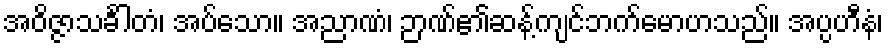
အဝိဇ္ဇာသင်္ခါတံ၊ အပ်သော။ အညာဏံ၊ ဉာဏ်၏ဆန့်ကျင်ဘက်မောဟသည်။ အပ္ပဟီနံ၊